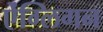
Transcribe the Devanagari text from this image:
ऐंग्लिगन